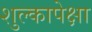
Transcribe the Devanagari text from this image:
शुल्कापेक्षा